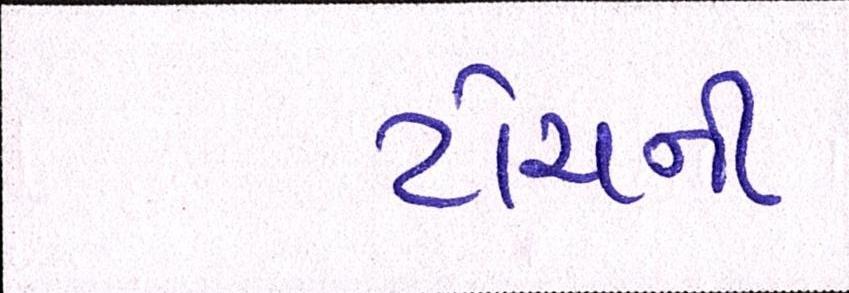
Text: ટોચની